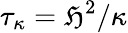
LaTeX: \tau_{\kappa}=\mathfrak{H}^{2}/\kappa